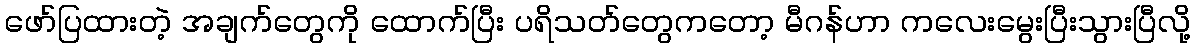
ဖော်ပြထားတဲ့ အချက်တွေကို ထောက်ပြီး ပရိသတ်တွေကတော့ မီဂန်ဟာ ကလေးမွေးပြီးသွားပြီလို့